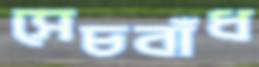
সেচবাঁধ